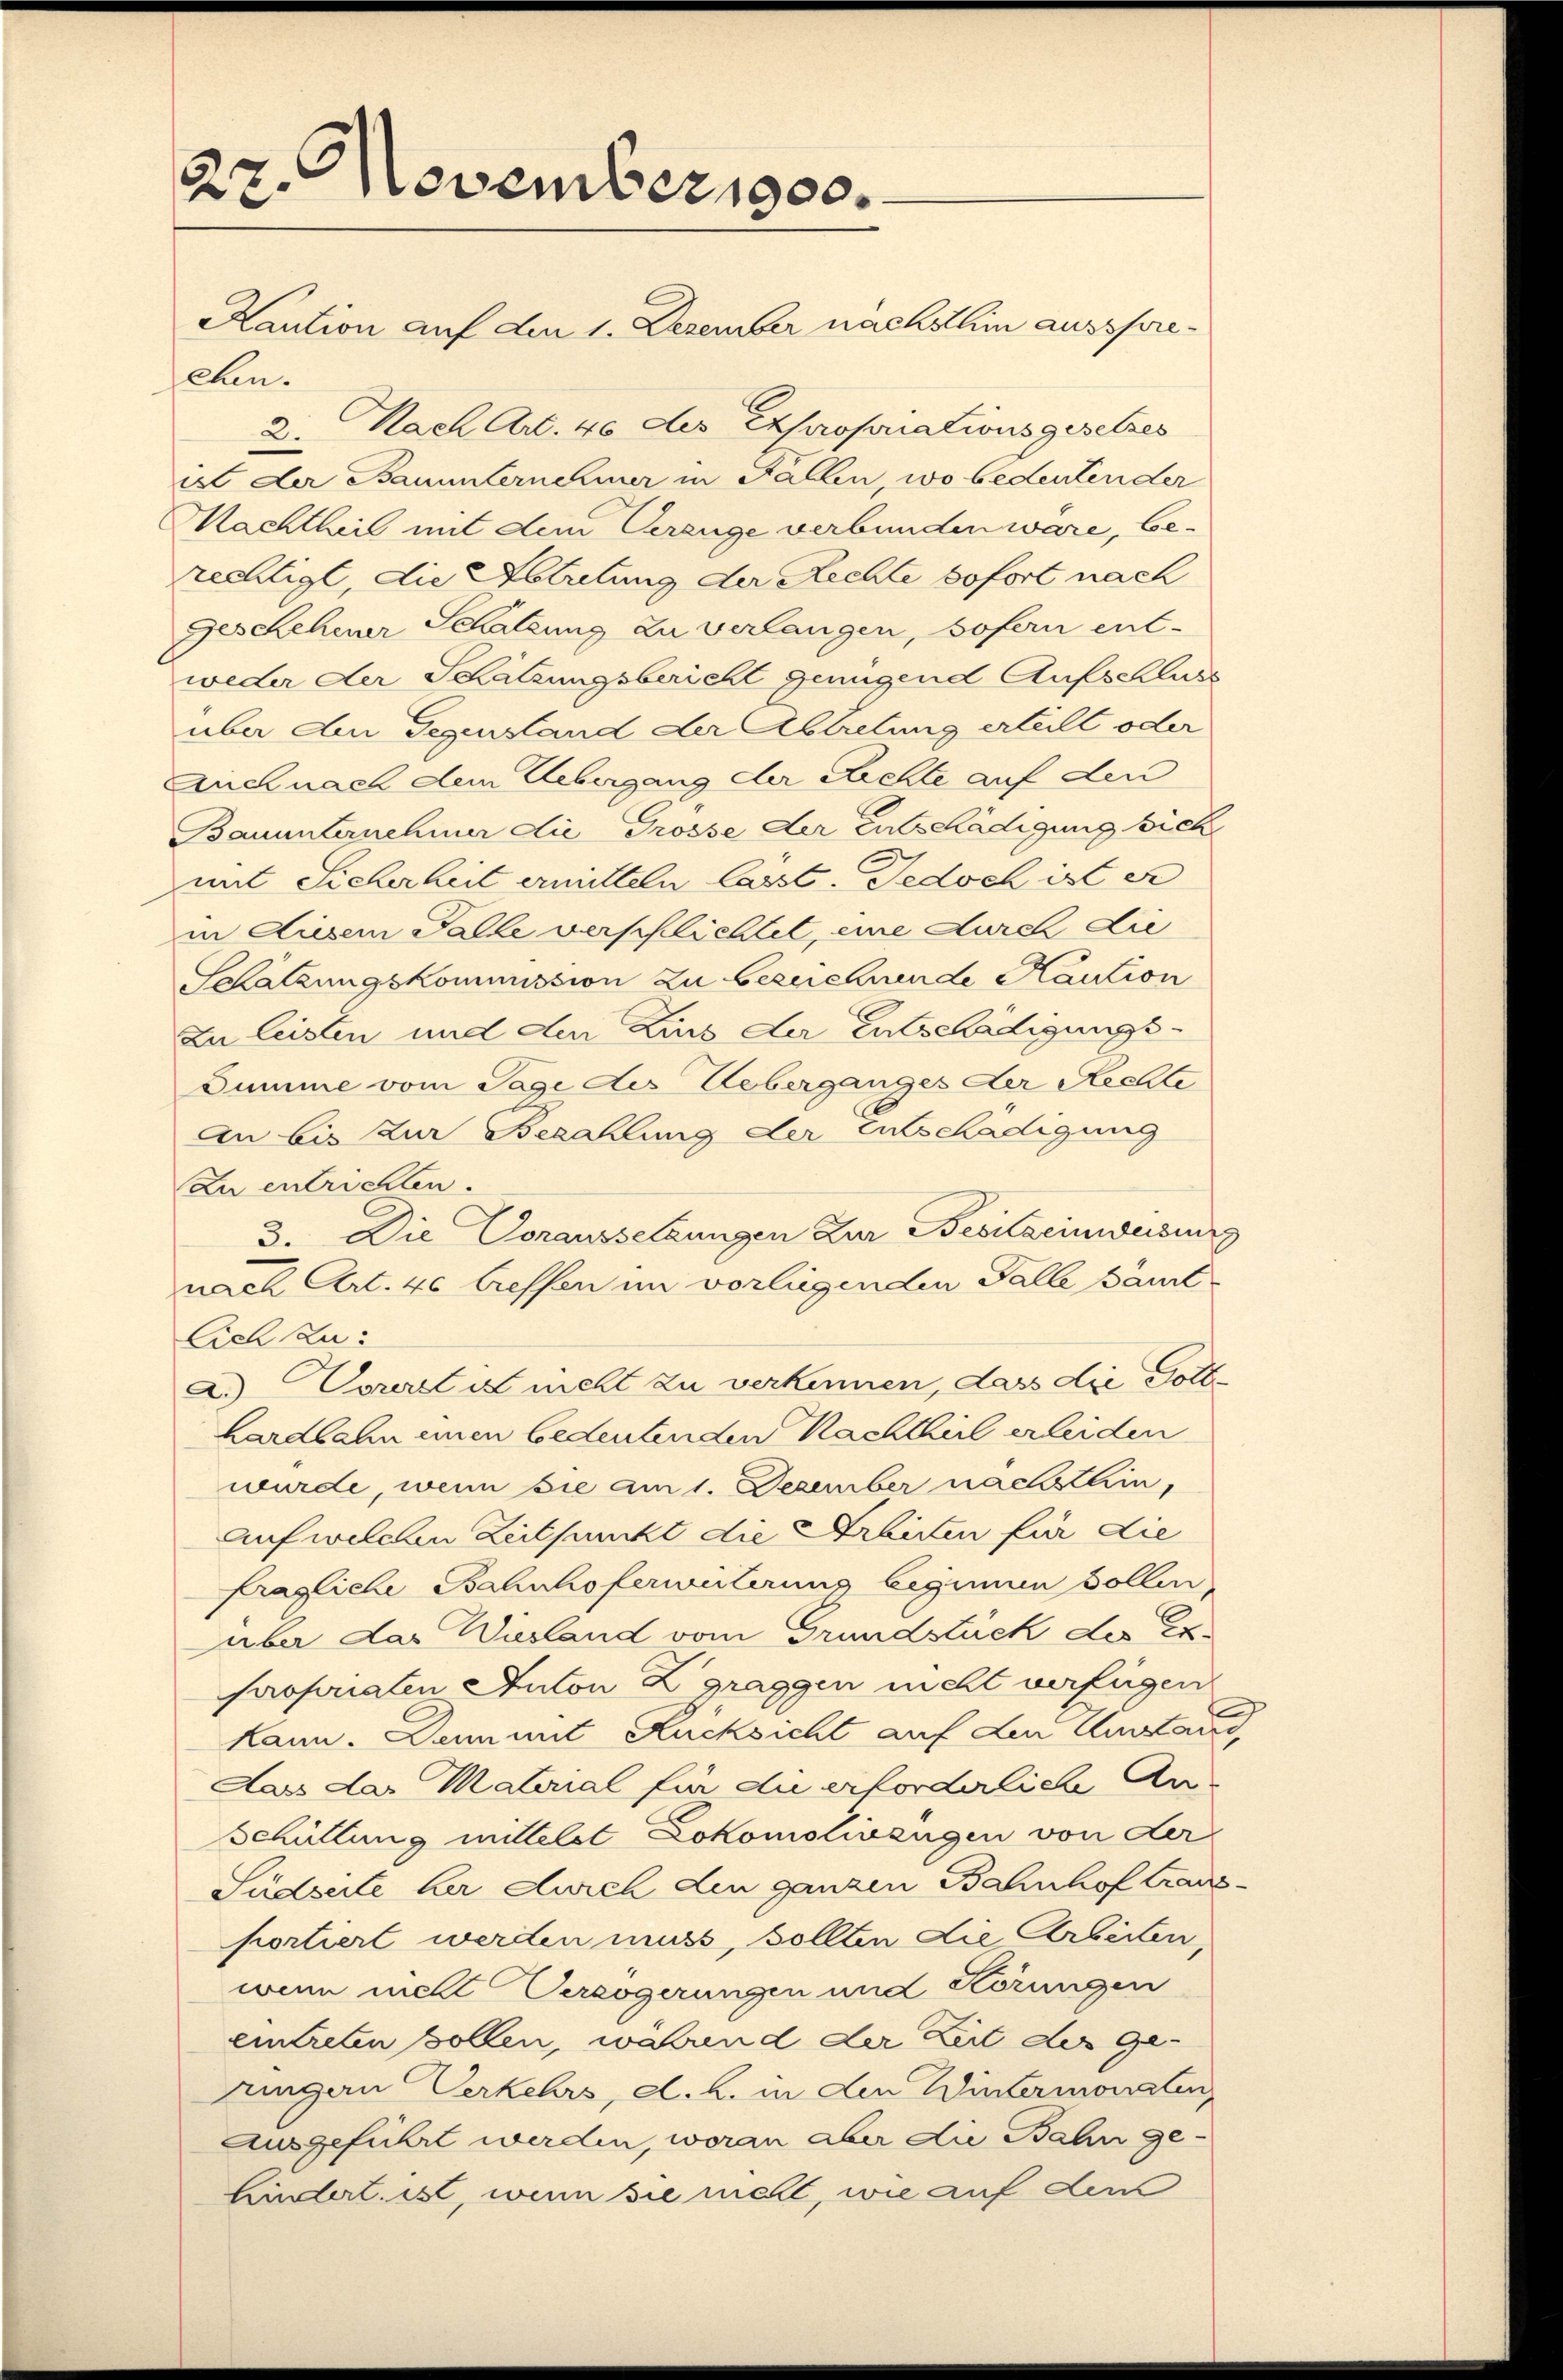
27. November 1900.
Kaution auf den 1. Dezember nächsthin ausspre¬

ehen.
2. Nach Art. 46 des Expropriationsgesetzes
est der Bauunternehmer in Fallen, wo bedeuten der
Machtheil mit dem Verange verbunden wäre, be-
rechtigt, die Abtretung der Rechte sofort nach
Geschehener Schatzung zu verlangen, sofern ent-
weder der Schätzungsbericht genügend Aufschluss
über am Gegenstand der Abtretung erteilt oder
Auchnach dem Uebergang der Richte auf den
Bauunternehmer die Grosse der Entschädigung sich
mit Sicherheit ermitteln lasst. Jedoch ist er
in diesem Falle verschlichtet, eine durch die
Schätzungskommission zu bezeichnende Kaution
zu leisten und den Zins der Entschädigungs-
Summe vom Tage des Leberganges der Rechte
An bis zur Bezahlung der Entschädigung
Zu entrichten.
3. Die Voraussetzungen Zur Besitzeinweisung
nach Art. 40 treffen im vorliegenden Falle Baut
Lich La:
a.) Vorerst ist nicht zu verkennen, dass die Gotthardbahn einen bedeutenden Nachtheil erleiden
wurde, wenn sie am 1. Dezember nachsthin,
Auf welchen Zeitpunkt die Arbitten für die
fragliche Bahnhoferwilerung beginnen sollen,
über das Wusland vom Grundstück des Expropriaten Anton Zgraggen nicht verfügen
kann. Denn mit Rücksicht auf den Ausstang
Aas das Material für die erforderliche An¬
Schüllung mittelst Lokomolinzügen von der
Südseite her durch den ganzen Bahnhof transportiert werden muss, sollten die Arbeiten,
wenn mit Verzögerungen und Störungen
eintreten sollen, während der Zeit der Ge-
rungen Verkehrs, d. h. in den Wintermonaten,
ausgeführt werden, woran aber die Bahn ge¬
Lindert ist, wenn sie mell, wie auf dem